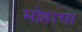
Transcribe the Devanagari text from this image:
मोहाचा